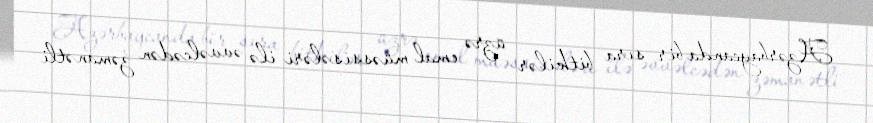
Azərbaycanda bir sıra bitkilər üzrə emal müəssisələri ilə əvvəlcədən zəmanətli